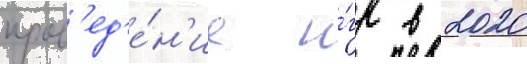
пров'ед'е́н'ие и́гр в 2020